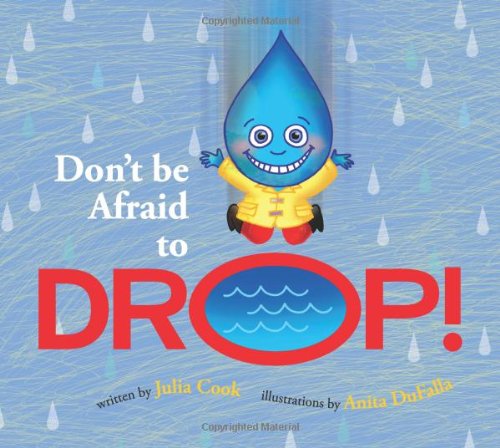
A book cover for Don't Be Afraid to Drop; Julia Cook; Parenting & Relationships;